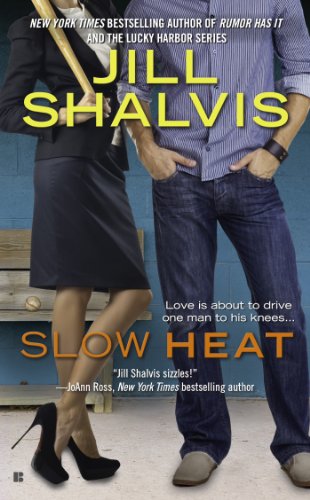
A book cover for Slow Heat; Jill Shalvis; Romance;